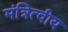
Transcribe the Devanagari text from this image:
मंत्रित्वीय